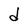
Character: d